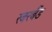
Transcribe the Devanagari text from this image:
रबरबैंड